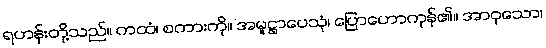
ရဟန်းတို့သည်။ ကထံ၊ စကားကို။ အမူဋ္ဌာပေသုံ၊ ပြောဟောကုန်၏။ အာဝုသော၊